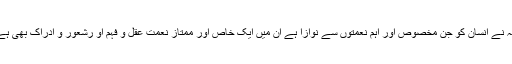
اللہ نے انسان کو جن مخصوص اور اہم نعمتوں سے نوازا ہے اُن میں ایک خاص اور ممتاز نعمت عقل و فہم او رشعور و ادراک بھی ہے۔